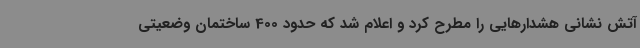
آتش نشانی هشدارهایی را مطرح کرد و اعلام شد که حدود 400 ساختمان وضعیتی